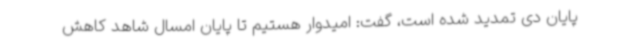
پایان دی تمدید شده است، گفت: امیدوار هستیم تا پایان امسال شاهد کاهش